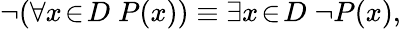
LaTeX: \neg(\forall x\! \in\! D\; P(x))\equiv\exists x\! \in\! D\; \neg P(x),